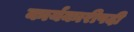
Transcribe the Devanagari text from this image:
कार्यकारीपदी